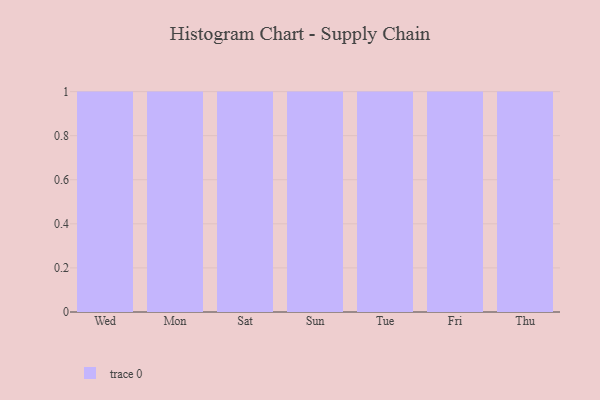
{"axis": {"x": "Day", "y": "Active Users"}, "legend": [""], "data": [{"x": "Wed", "y": 88, "type": ""}, {"x": "Mon", "y": 41, "type": ""}, {"x": "Sat", "y": 33, "type": ""}, {"x": "Sun", "y": 80, "type": ""}, {"x": "Tue", "y": 99, "type": ""}, {"x": "Fri", "y": 45, "type": ""}, {"x": "Thu", "y": 84, "type": ""}]}